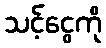
သင့်ငွေကို